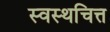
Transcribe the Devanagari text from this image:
स्वस्थचित्त